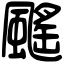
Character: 䬙